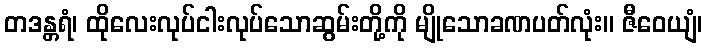
တဒန္တရံ၊ ထိုလေးလုပ်ငါးလုပ်သောဆွမ်းတို့ကို မျိုသောခဏပတ်လုံး။ ဇီဝေယျံ၊